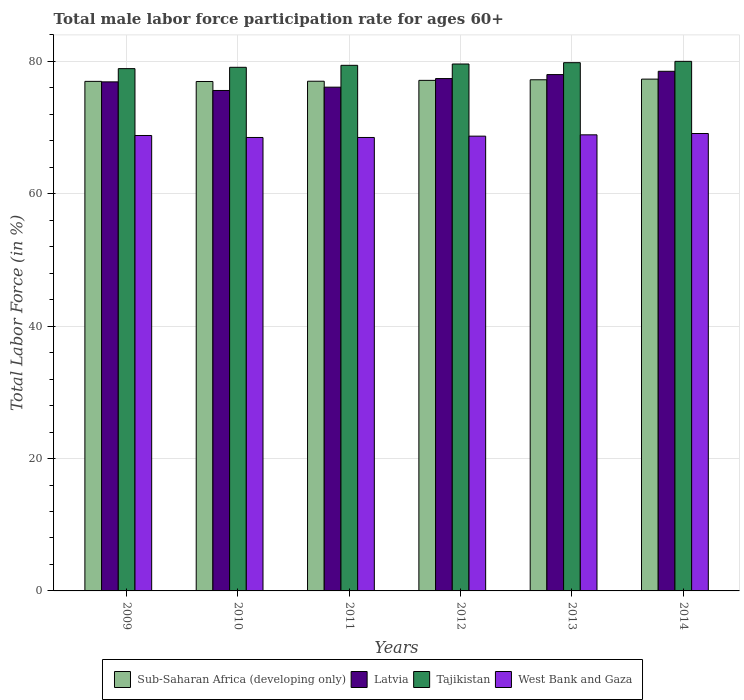
| Years | Sub-Saharan Africa (developing only) | Latvia | Tajikistan | West Bank and Gaza |
 | --- | --- | --- | --- | --- |
 | 2009 | 77 | 76.9 | 78.9 | 68.8 |
 | 2010 | 77 | 75.6 | 79.1 | 68.5 |
 | 2011 | 77 | 76.1 | 79.4 | 68.5 |
 | 2012 | 77.1 | 77.4 | 79.6 | 68.7 |
 | 2013 | 77.2 | 78 | 79.8 | 68.9 |
 | 2014 | 77.3 | 78.5 | 80 | 69.1 |